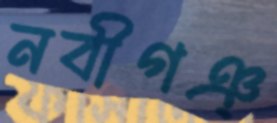
নবীগঞ্